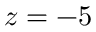
z = - 5